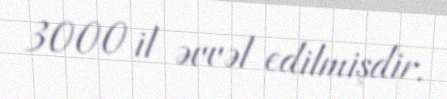
3000 il əvvəl edilmişdir.